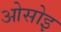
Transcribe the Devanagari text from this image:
ओसोइ